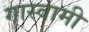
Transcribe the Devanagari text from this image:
गास्वामी